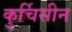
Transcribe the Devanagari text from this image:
कुर्चिसीन